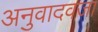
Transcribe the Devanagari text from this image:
अनुवादवजा